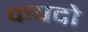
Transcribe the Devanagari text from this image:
कपदो